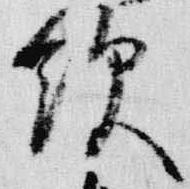
飲